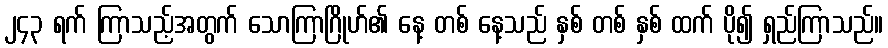
၂၄၃ ရက် ကြာသည့်အတွက် သောကြာဂြိုဟ်၏ နေ့ တစ် နေ့သည် နှစ် တစ် နှစ် ထက် ပို၍ ရှည်ကြာသည်။